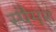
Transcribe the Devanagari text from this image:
स्पैमर